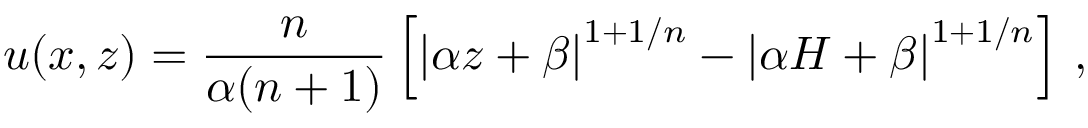
u ( x , z ) = \frac { n } { \alpha ( n + 1 ) } \left[ \left| \alpha z + \beta \right| ^ { 1 + 1 / n } - \left| \alpha H + \beta \right| ^ { 1 + 1 / n } \right] \, ,